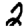
Digit: 2